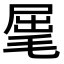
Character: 𣮈